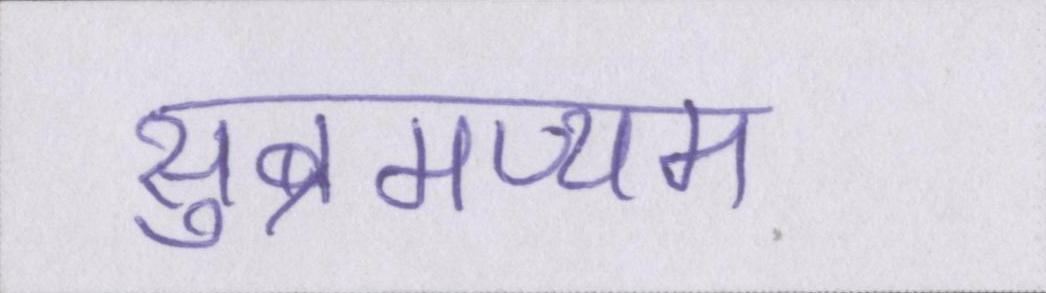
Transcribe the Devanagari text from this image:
सुब्रमण्यम